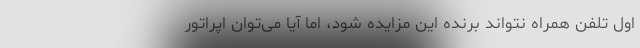
اول تلفن همراه نتواند برنده این مزایده شود، اما آیا می‌توان اپراتور